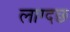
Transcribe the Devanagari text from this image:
लाग्दछ